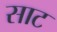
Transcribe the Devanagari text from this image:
साट